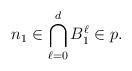
LaTeX: \begin{align*}n_1\in\bigcap_{\ell=0}^d B_1^\ell\in p.\end{align*}